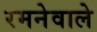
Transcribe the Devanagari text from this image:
रमनेवाले